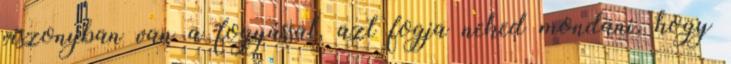
viszonyban van a fogyással, azt fogja neked mondani, hogy